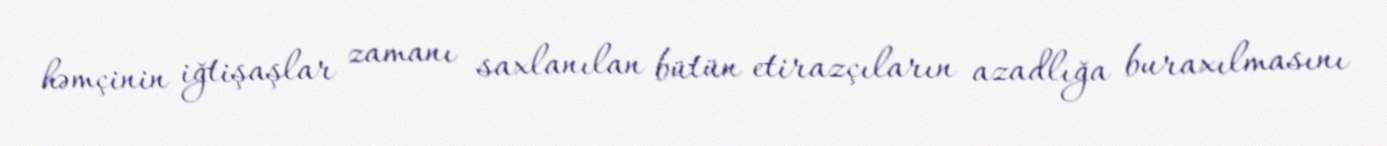
həmçinin iğtişaşlar zamanı saxlanılan bütün etirazçıların azadlığa buraxılmasını